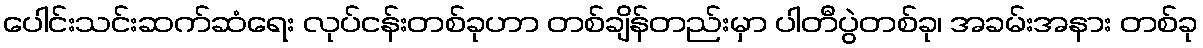
ပေါင်းသင်းဆက်ဆံရေး လုပ်ငန်းတစ်ခုဟာ တစ်ချိန်တည်းမှာ ပါတီပွဲတစ်ခု၊ အခမ်းအနား တစ်ခု